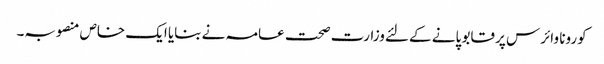
کورونا وائرس پر قابو پانے کے لئےوزارت صحت عامہ نے بنایا ایک خاص منصوبہ۔